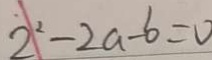
2 ^ { 2 } - 2 a - b = 0